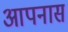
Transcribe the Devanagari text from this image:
आपनास